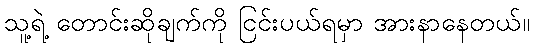
သူ့ရဲ့ တောင်းဆိုချက်ကို ငြင်းပယ်ရမှာ အားနာနေတယ်။